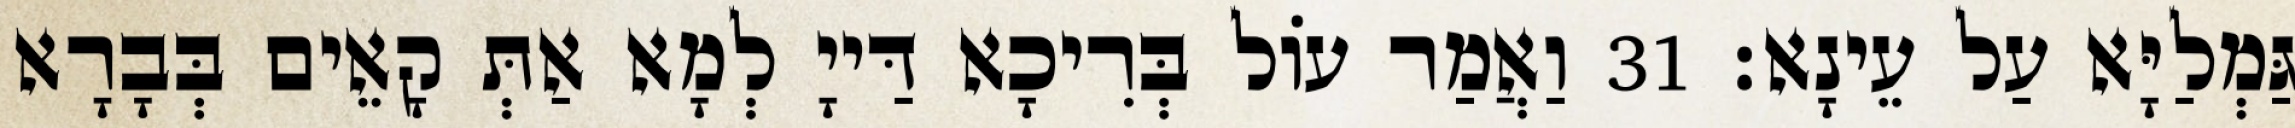
גַּמְלַיָּא עַל עֵינָא׃ 31 וַאֲמַר עוֹל בְּרִיכָא דַּייָ לְמָא אַתְּ קָאֵים בְּבָרָא